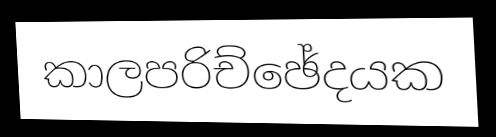
කාලපරිච්ඡේදයක